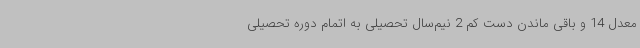
معدل 14 و باقی ماندن دست کم 2 نیم‌سال تحصیلی به اتمام دوره تحصیلی